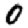
Digit: 0